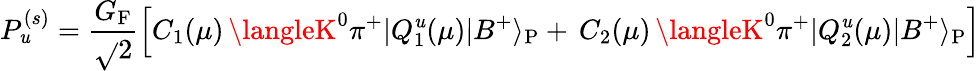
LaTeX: P_{\mathit{u}}^{(s)}=\frac{{G_{\mathrm{{F}}}}}{{\sqrt{}{{2}}}}\left[C_{1}(\mu)\, \langleK^{0}\pi^{+}|Q_{1}^{\mathit{u}}(\mu)|B^{+}\rangle_{\mathrm{{P}}}+\, C_{2}(\mu)\, \langleK^{0}\pi^{+}|Q_{2}^{\mathit{u}}(\mu)|B^{+}\rangle_{\mathrm{{P}}}\right]